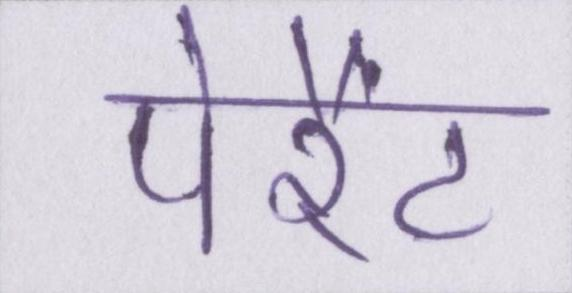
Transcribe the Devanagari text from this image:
पेरैंट